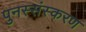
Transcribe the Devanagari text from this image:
पुनस्संस्करण